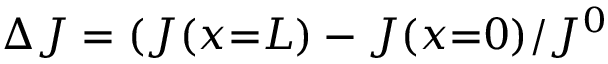
\Delta J = ( J ( x { = } L ) - J ( x { = } 0 ) / J ^ { 0 }